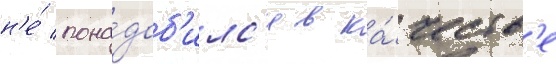
н'е́ пона́доб'илс'я в ка́честв'е